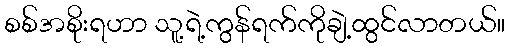
စစ်အစိုးရဟာ သူ့ရဲ့ကွန်ရက်ကိုချဲ့ထွင်လာတယ်။